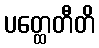
ပတ္ထေတီတိ